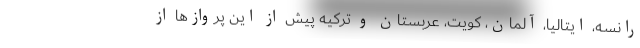
رانسه، ایتالیا، آلمان، کویت، عربستان و ترکیه پیش از این پروازها از